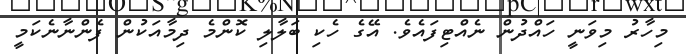
މިހާރު މިވަނީ ހައްދުން ނެއްޓިފައެވެ. އޭގެ ހެކި ބަލާލި ކޮންމެ ދިމާއަކުން ފެންނާނެކަމީ